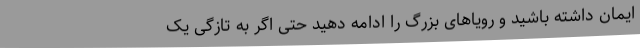
ایمان داشته باشید و رویاهای بزرگ را ادامه دهید حتی اگر به تازگی یک